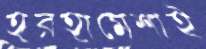
হরহামেশাই